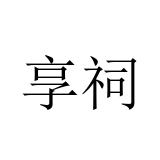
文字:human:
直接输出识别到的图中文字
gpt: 享祠